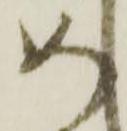
め